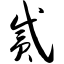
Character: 贰